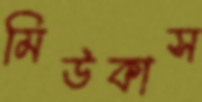
মিউকাস